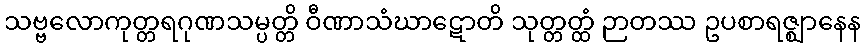
သဗ္ဗလောကုတ္တရဂုဏသမ္ပတ္တိ ဝီဏာသံဃာဋောတိ သုတ္တတ္ထံ ဉာတဿ ဥပစာရဇ္ဈာနေန